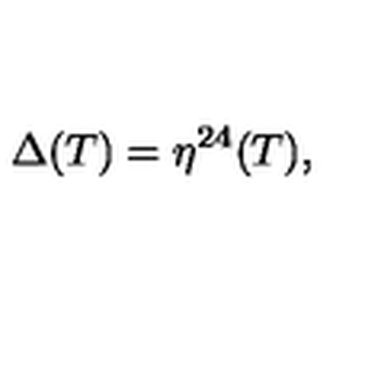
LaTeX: \Delta ( T ) = \eta ^ { 2 4 } ( T ) ,